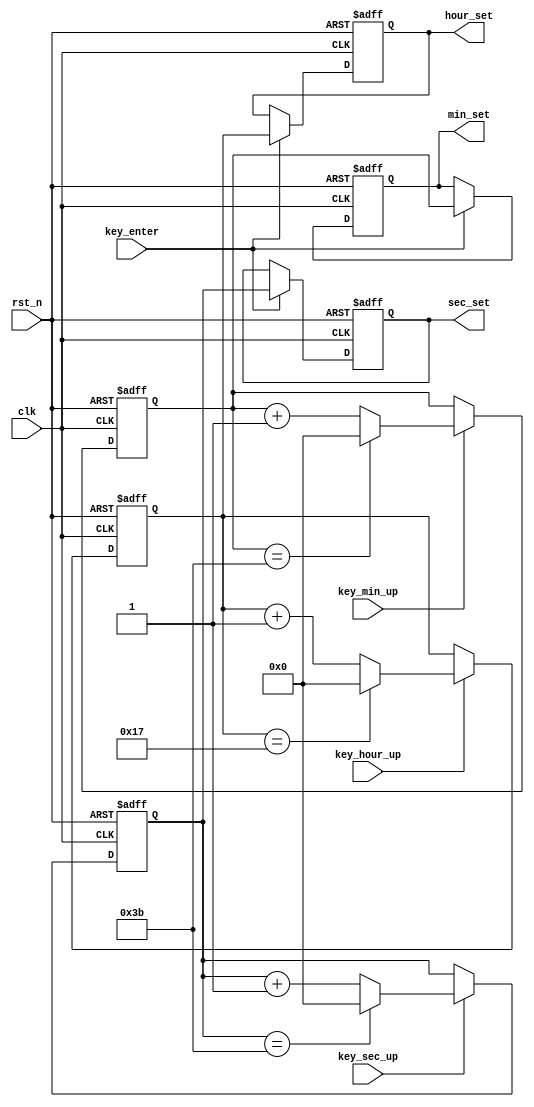
module time_set(
	input				clk				,
	input				rst_n			,
	input				key_hour_up		,//
	input				key_min_up		,//
	input				key_sec_up		,
	input				key_enter		,
	output	reg	[7:0]	hour_set		,
	output	reg	[7:0]	min_set			,
	output	reg	[7:0]	sec_set		
	);
	reg	[7:0]	hour_set_tmp;
	reg	[7:0]	min_set_tmp;
	reg	[7:0]	sec_set_tmp;
	always@(posedge clk or negedge rst_n)begin
		if(!rst_n)begin
			sec_set_tmp<=0;
		end else if(key_sec_up)begin
			if(sec_set_tmp==59)
				sec_set_tmp<=0;
			else
				sec_set_tmp<=sec_set_tmp+1;
		end else ;
	end
	always@(posedge clk or negedge rst_n)begin
		if(!rst_n)begin
			min_set_tmp<=0;
		end else if(key_min_up)begin
			if(min_set_tmp==59)
				min_set_tmp<=0;
			else
				min_set_tmp<=min_set_tmp+1;
		end else ;
	end
	always@(posedge clk or negedge rst_n)begin
		if(!rst_n)begin
			hour_set_tmp<=0;
		end else if(key_hour_up)begin
			if(hour_set_tmp==23)
				hour_set_tmp<=0;
			else
				hour_set_tmp<=hour_set_tmp+1;
		end else ;
	end
	always@(posedge clk or negedge rst_n)begin
		if(!rst_n)begin
			hour_set		<=0;
			min_set			<=0;
			sec_set		    <=0;
		end else if(key_enter)begin
			hour_set		<=hour_set_tmp;
			min_set			<=min_set_tmp	;
			sec_set		    <=sec_set_tmp	;
		end else ;
	end
		
endmodule